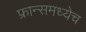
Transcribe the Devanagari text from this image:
फ्रान्समध्येच